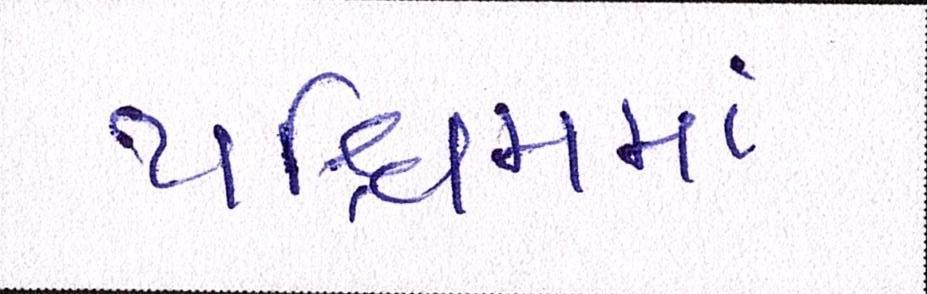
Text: પશ્ચિમમાં